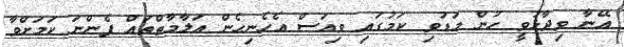
އޭނާ ވިދާޅުވީ ހުން މަޑުވި ކަމުގައި ވިއަސް އެހެނިހެން އަލާމާތްތައް ފެންނަ ކަމަށްވާ